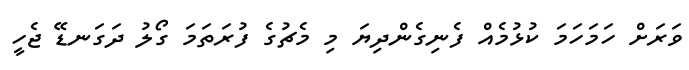
ވަރަށް ހަމަހަމަ ކުޅުމެއް ފެނިގެންދިޔަ މި މެޗުގެ ފުރަތަމަ ގޯލު ދަގަނޑޭ ޖެހީ